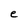
Character: e